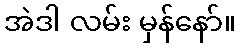
အဲဒါ လမ်း မှန်နော်။